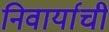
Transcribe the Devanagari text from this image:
निवार्याची